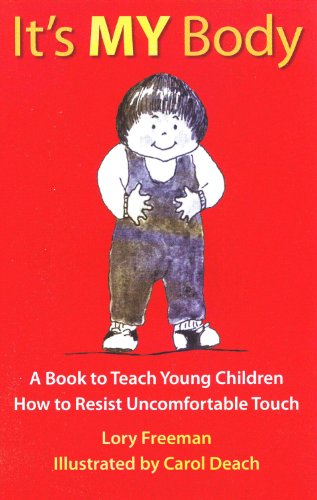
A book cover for It's MY Body: A Book to Teach Young Children How to Resist Uncomfortable Touch (Children's safety series & abuse prevention); Lory Britain; Parenting & Relationships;